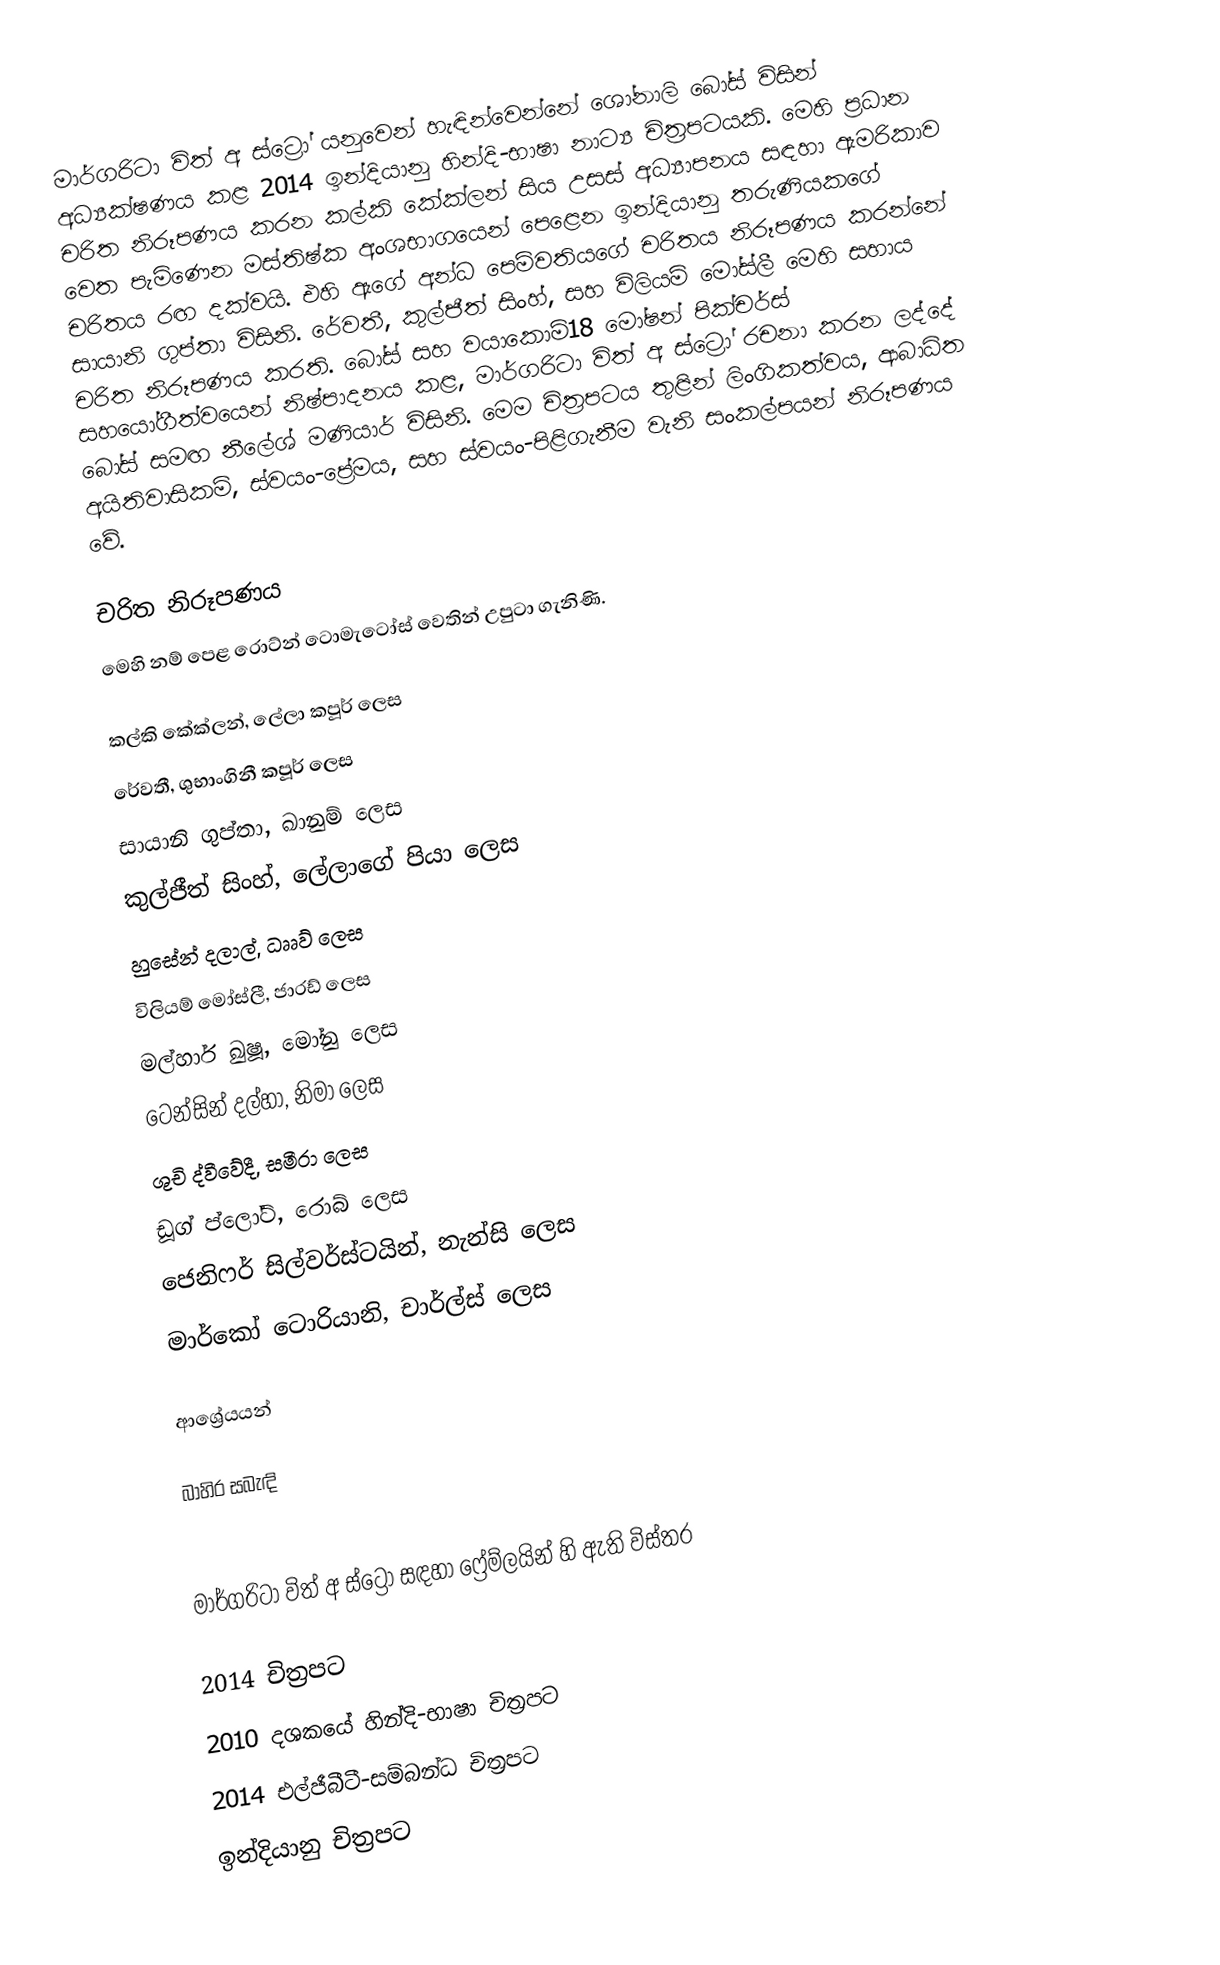
මාර්ගරිටා විත් අ ස්ට්‍රෝ යනුවෙන් හැඳින්වෙන්නේ ශෝනාලි බෝස් විසින් අධ්‍යක්ෂණය කළ 2014 ඉන්දියානු හින්දි-භාෂා නාට්‍ය චිත්‍රපටයකි. මෙහි ප්‍රධාන චරිත නිරූපණය කරන කල්කි කේක්ලන් සිය උසස් අධ්‍යාපනය සඳහා ඇමරිකාව වෙත පැමිණෙන මස්තිෂ්ක අංශභාගයෙන් පෙළෙන ඉන්දියානු තරුණියකගේ චරිතය රඟ දක්වයි. එහි ඇගේ අන්ධ පෙම්වතියගේ චරිතය නිරූපණය කරන්නේ සායානි ගුප්තා විසිනි. රේවතී, කුල්ජීත් සිංහ්, සහ විලියම් මෝස්ලී මෙහි සහාය චරිත නිරූපණය කරති. බෝස් සහ වයාකොම්18 මෝෂන් පික්චර්ස් සහයෝගීත්වයෙන් නිෂ්පාදනය කළ, මාර්ගරිටා විත් අ ස්ට්‍රෝ රචනා කරන ලද්දේ බෝස් සමඟ නීලේශ් මණියාර් විසිනි. මෙම චිත්‍රපටය තුළින් ලිංගිකත්වය, ආබාධිත අයිතිවාසිකම්, ස්වයං-ප්‍රේමය, සහ ස්වයං-පිළිගැනීම වැනි සංකල්පයන් නිරූපණය වේ.

චරිත නිරූපණය
මෙහි නම් පෙළ රොට්න් ටොමැටෝස් වෙතින් උපුටා ගැනිණි.

 කල්කි කේක්ලන්, ලේලා කපූර් ලෙස
 රේවතී, ශුභාංගිනී කපූර් ලෙස
 සායානි ගුප්තා, ඛානුම් ලෙස
 කුල්ජීත් සිංහ්, ලේලාගේ පියා ලෙස
 හුසේන් දලාල්, ධෲව් ලෙස
 විලියම් මෝස්ලී, ජාරඩ් ලෙස
 මල්හාර් ඛුෂූ, මෝනු ලෙස
 ටෙන්සින් දල්හා, නිමා ලෙස
 ශුචි ද්වීවේදී, සමීරා ලෙස
 ඩූග් ප්ලෝට්, රොබ් ලෙස
 ජෙනිෆර් සිල්වර්ස්ටයින්, නැන්සි ලෙස
 මාර්කෝ ටොරියානි, චාර්ල්ස් ලෙස

ආශ්‍රේයයන්

බාහිර සබැඳි

 මාර්ගරිටා විත් අ ස්ට්‍රෝ සඳහා ෆ්‍රේම්ලයින් හි ඇති විස්තර

2014 චිත්‍රපට
2010 දශකයේ හින්දි-භාෂා චිත්‍රපට
2014 එල්ජීබීටී-සම්බන්ධ චිත්‍රපට
ඉන්දියානු චිත්‍රපට